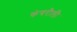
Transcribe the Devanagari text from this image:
कंगरौली